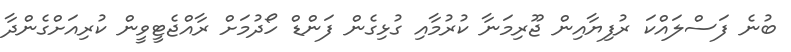
ބުނެ ފަސްލައްކަ ރުފިޔާއިން ޖޫރިމަނާ ކުރުމާއި ގުޅިގެން ފަންޑް ހޯދުމަށް ރާއްޖެޓީވީން ކުރިއަށްގެންދާ